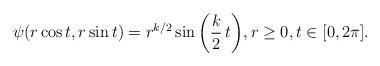
LaTeX: \begin{align*} \psi(r\cos t,r\sin t)= r^{k/2} \sin \bigg(\frac{k}{2}\,t\bigg), r\geq0,t\in[0,2\pi].\end{align*}